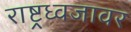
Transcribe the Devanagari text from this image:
राष्ट्रध्वजावर